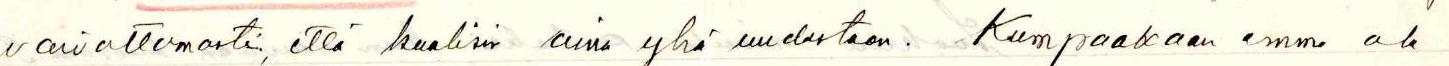
vaivattomasti, että kuulisin aina yhä uudestaan. Kumpaakaan emme ole